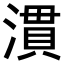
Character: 𪷈